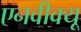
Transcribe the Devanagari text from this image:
एनवीक्यू